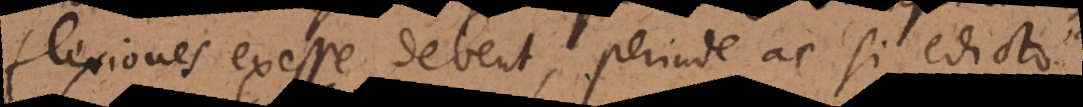
flexiones exesse debent, perinde ac si edicto